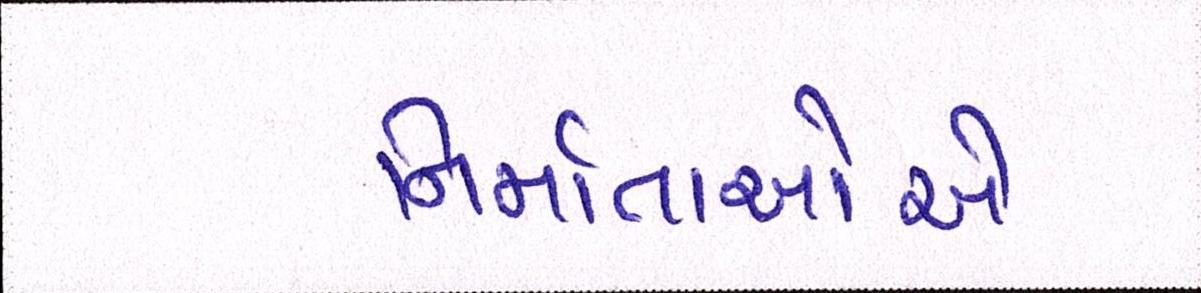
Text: નિર્માતાઓએ